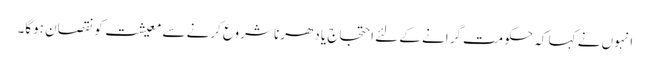
انہوں نے کہا کہ حکومت گرانے کے لئے احتجاج یا دھرنا شروع کرنے سے معیشت کو نقصان ہوگا۔